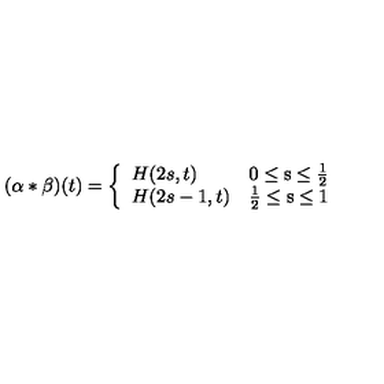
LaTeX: ( \alpha \ast \beta ) ( t ) = \left\{ \begin{array} { l l } { H ( 2 s , t ) } & { \mathrm { 0 \leq s \leq { \frac { 1 } { 2 } } } } \\ { H ( 2 s - 1 , t ) } & { \mathrm { { \frac { 1 } { 2 } } \leq s \leq 1 } } \\ \end{array} \right.